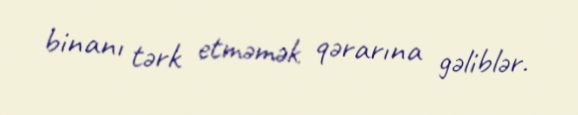
binanı tərk etməmək qərarına gəliblər.